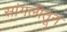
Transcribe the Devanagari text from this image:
सांगलीतून